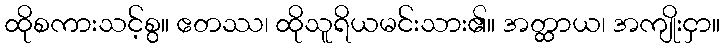
ထိုစကားသင့်စွ။ ဧတဿ၊ ထိုသူရိယမင်းသား၏။ အတ္ထာယ၊ အကျိုးငှာ။